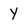
Character: Y